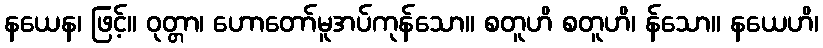
နယေန၊ ဖြင့်။ ဝုတ္တာ၊ ဟောတော်မူအပ်ကုန်သော။ စတူဟိ စတူဟိ၊ န်သော။ နယေဟိ၊